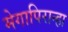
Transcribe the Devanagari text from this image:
मेगापिरान्हा